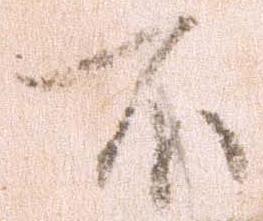
不